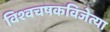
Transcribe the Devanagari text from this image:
विश्वचषकविजेत्या